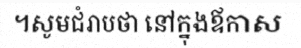
។សូមជំរាបថា នៅក្នុងឪកាស